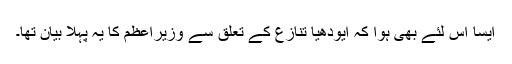
ایسا اس لئے بھی ہوا کہ ایودھیا تنازع کے تعلق سے وزیراعظم کا یہ پہلا بیان تھا۔